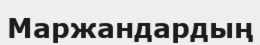
Маржандардың